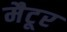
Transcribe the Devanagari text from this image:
मैटूर